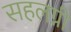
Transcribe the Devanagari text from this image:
सहलग्नी